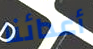
أعدائنا